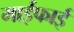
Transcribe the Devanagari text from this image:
माईफाई